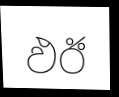
ඵඊ